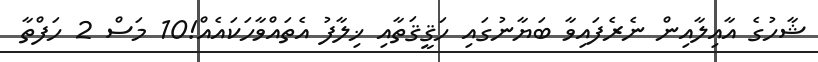
ޝާހުގެ އާއިލާއިން ނެރެފައިވާ ބަޔާނުގައި ހަޤީޤަތާއި ޚިލާފު އެތައްވާހަކައެއް!10 މަސް 2 ހަފްތާ